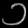
Digit: ၁